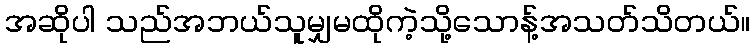
အဆိုပါ သည်အဘယ်သူမျှမထိုကဲ့သို့သောန့်အသတ်သိတယ်။